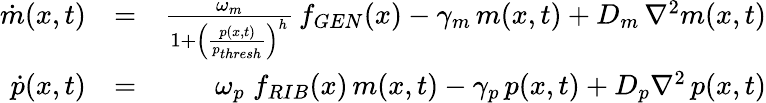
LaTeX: \begin{array}{rlr}{\dot{m}(x,t)}&{=}&{\frac{\omega_{m}}{1+\left(\frac{p(x,t)}{p_{thresh}}\right)^{h}}\, f_{GEN}(x)-\gamma_{m}\, m(x,t)+D_{m}\, \nabla^{2}m(x,t)}\\ {\dot{p}(x,t)}&{=}&{\omega_{p}\; f_{RIB}(x)\, m(x,t)-\gamma_{p}\, p(x,t)+D_{p}\nabla^{2}\, p(x,t)}\end{array}